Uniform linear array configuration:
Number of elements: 64
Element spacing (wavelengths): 1
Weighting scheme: cosine
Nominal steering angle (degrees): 45
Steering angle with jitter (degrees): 44.389
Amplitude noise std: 0.05
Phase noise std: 0.05

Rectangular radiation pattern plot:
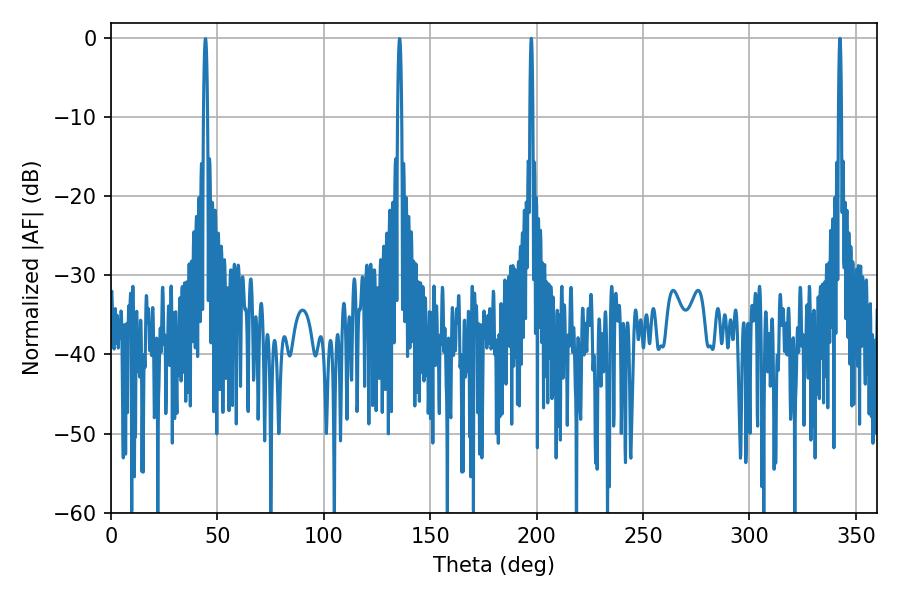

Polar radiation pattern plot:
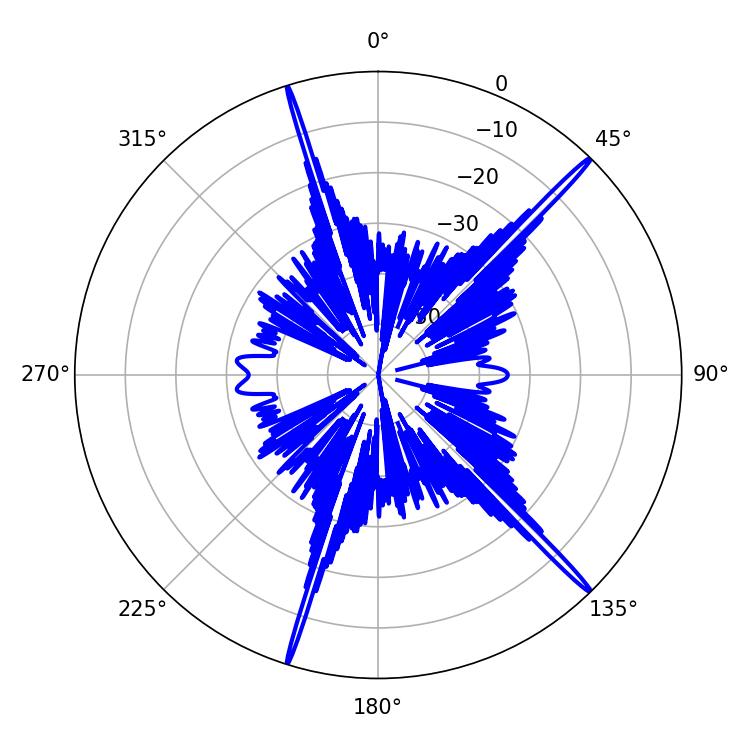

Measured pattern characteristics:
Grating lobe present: TRUE
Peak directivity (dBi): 19.82
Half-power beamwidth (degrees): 0.72
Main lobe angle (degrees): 197.46